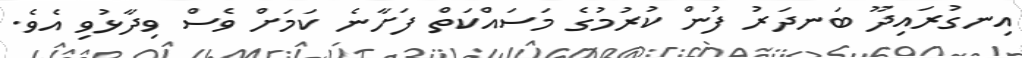
އިނގުރައިދޫ ބަނދަރު ފުން ކުރުމުގެ މަސައްކަތް ފަށާނެ ކަމަށް ވެސް ވިދާޅުވި އެވެ.